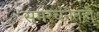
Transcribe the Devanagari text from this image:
समरचनेतही